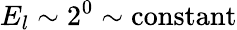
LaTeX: E_{l}\sim 2^{0}\sim\textrm{constant}